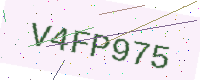
Text: V4FP975